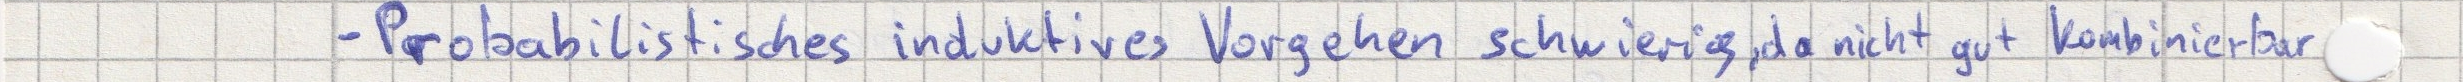
- Probabilistisches induktives Vorgehen schwierig, da nicht gut kombinierbar